Source: Computer-generated
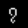
Digit: ၇ (7)